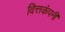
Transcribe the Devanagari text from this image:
वित्तकंपनी